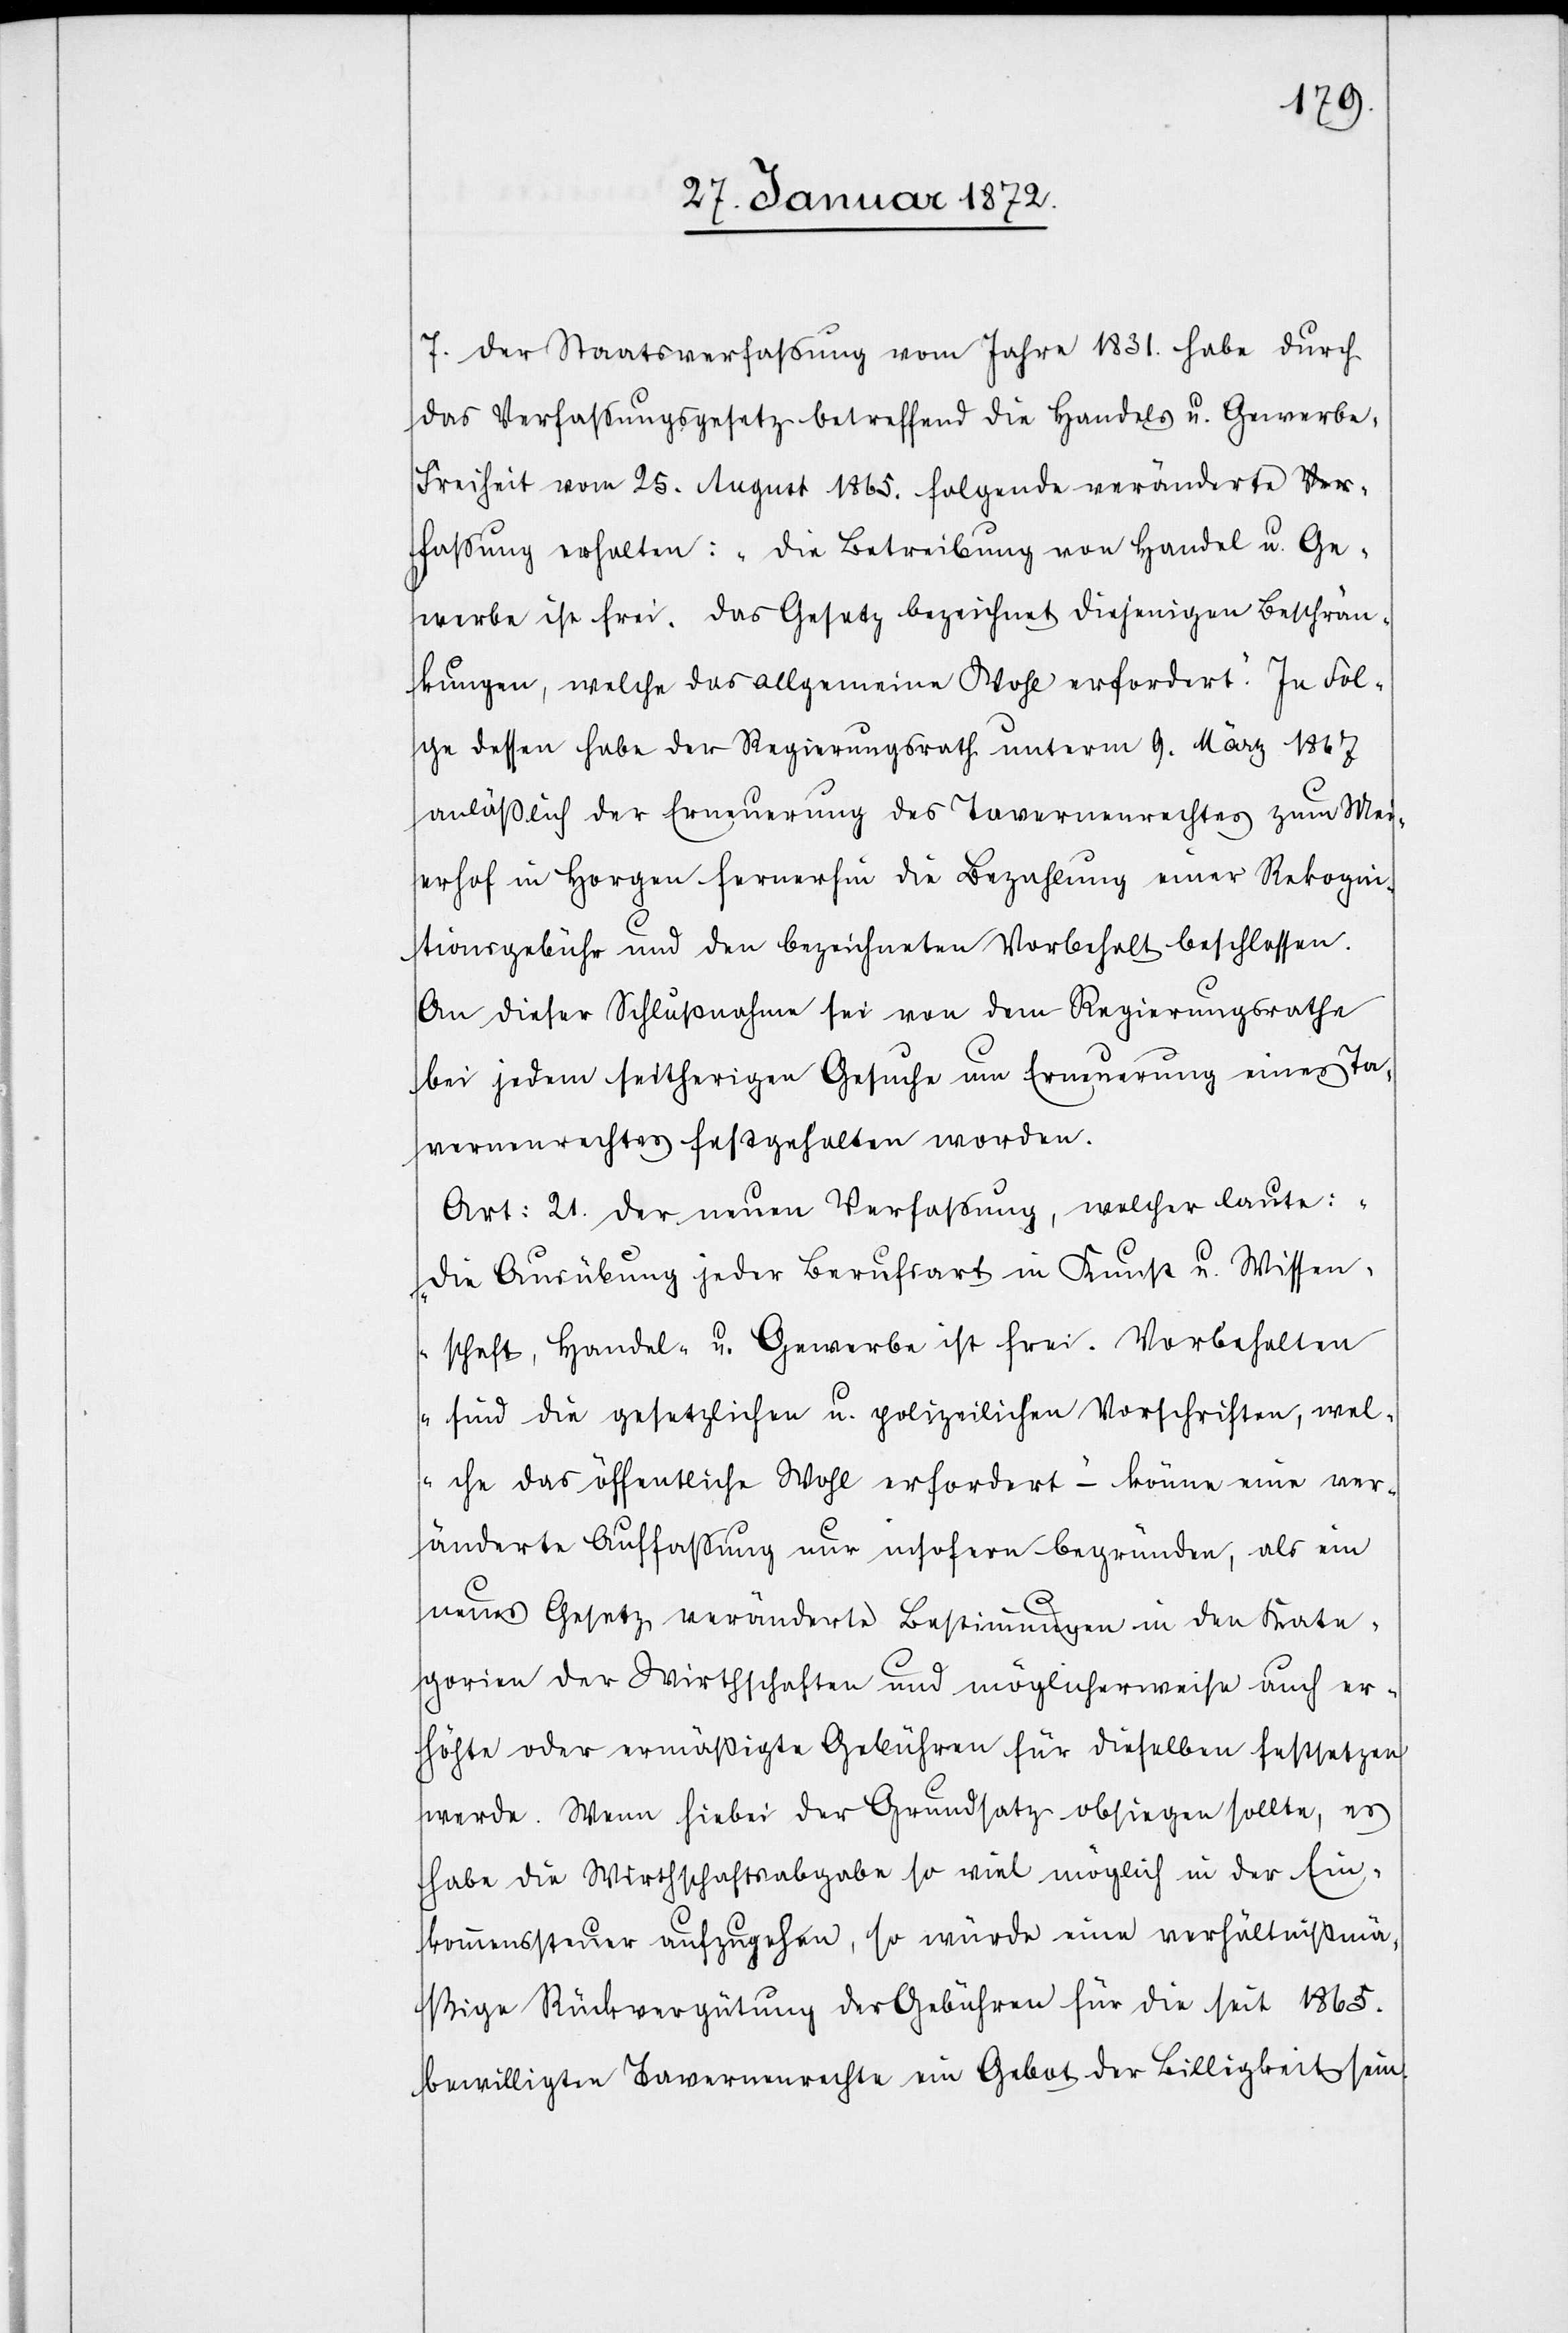
7. der Staatsverfassung von Jahre 1831. habe durch
das Verfassungsgesetz betreffend die Handels u. Gewerbe¬
freiheit vom 25. August 1865. folgende veränderte F¬
assung erhalten: „Die Betreibung von Handel u. Ge¬
webe ist frei. Das Gesetz bezeichnet diejenigen Beschrän¬
kungen, welche das allgemeine Wohl erfordert.“ In Fol¬
ge dessen habe der Regierungsrath unterm 9. März 1867
anläßlich der Erneuerung des Tavernenrechtes zum Mei¬
erhof in Horgen fernerhin die Bezahlung einer Rekogni¬
tionsgebühr und den bezeichneten Vorbehalt beschlossen.
An dieser Schlußnahme sei von dem Regierungsrathe
bei jedem seitherigen Gesuche um Erneuerung eines Ta¬
vernenrechtes festgehalten worden.
Art. 21. der neuen Verfassung, welcher laute:
„Die Ausübung jeder Berufsart in Kunst u. Wissen¬
schaft, Handel- u. Gewerbe ist frei. Vorbehalten
sind die gesetzlichen u. polizeilichen Vorschriften, wel¬
che das öffentliche Wohl erfordert“ – könne eine ver¬
änderte Auffassung nur insofern begründen, als ein
neues Gesetz veränderte Bestimmungen in den Kate¬
gorien der Wirthschaften und möglicherweise auch er¬
höhte oder ermässigte Gebühren für dieselben festsetzen
werden. Wenn hiebei der Grundsatz obliegen sollte, es
habe die Wirthschaftsabgabe so viel möglich in der Ein¬
kommenssteuer aufzugehen, so würde eine verhältnißmä¬
ßige Rückvergütung der Gebühren für die seit 1865.
bewilligten Tavernenrechte ein Gebot der Billigkeit sein.